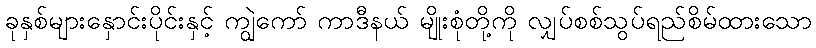
ခုနှစ်များနှောင်းပိုင်းနှင့် ကျွဲကော် ကာဒီနယ် မျိုးစုံတို့ကို လျှပ်စစ်သွပ်ရည်စိမ်ထားသော